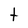
Character: t